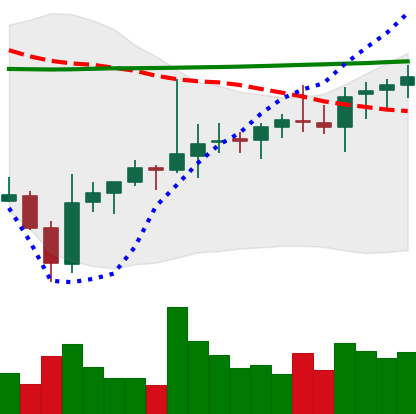
Ticker: ADA-USD
Chart end date: 2021-08-06
Forward return: 28.268%
Label: up_7plus